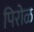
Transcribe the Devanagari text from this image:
पिरोळ